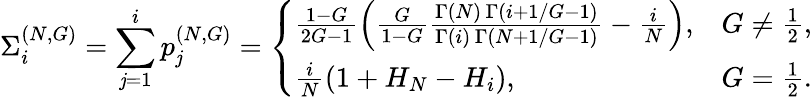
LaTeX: \Sigma_{i}^{(N,G)}=\sum_{\mathit{j}=1}^{i}p_{\mathit{j}}^{(N,G)}=\left\{ \begin{array}{ll}{\frac{1-G}{2G-1}\left(\frac{G}{1-G}\frac{\Gamma\left(N\right)\, \Gamma\left(i+1/G-1\right)}{\Gamma(i)\, \Gamma\left(N+1/G-1\right)}-\frac{i}{N}\right),}&{G\neq\frac{1}{2},}\\ {\frac{i}{N}\left(1+H_{N}-H_{i}\right),}&{G=\frac{1}{2}.}\end{array}\right.